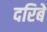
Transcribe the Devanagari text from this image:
दरिबे